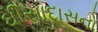
ઘીસાદાસનો